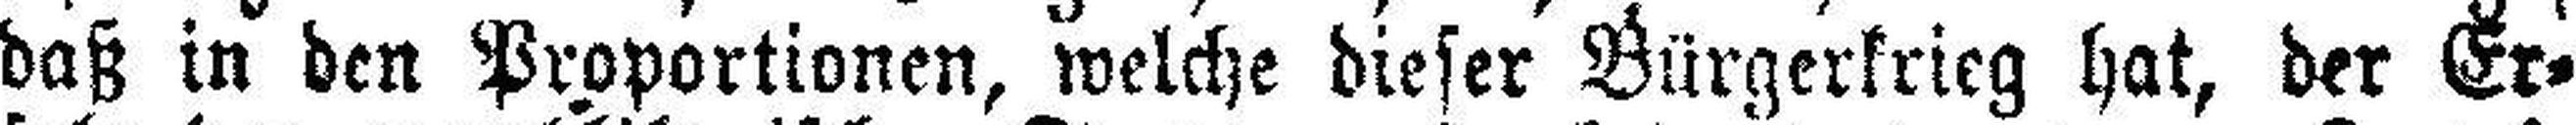
daß in den Proportionen, welche dieser Bürgerkrieg hat, der Er¬